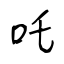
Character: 吒